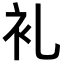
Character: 𮕤